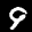
Label: 9